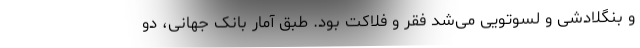
و بنگلادشی و لسوتویی می‌شد فقر و فلاکت بود. طبق آمار بانک جهانی، دو